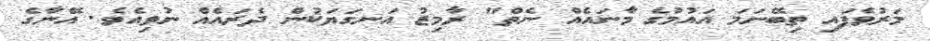
މަރުވެފައި ތިބޭނަމަ އައުމުގެ މާނައެއް ނެތް" ރާމިޒު އަނގަޔަކުން ދެރައެއް ނުވިއެވެ. އޭނާގެ